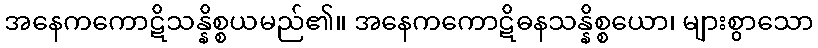
အနေကကောဋိသန္နိစ္စယမည်၏။ အနေကကောဋိဓနသန္နိစ္စယော၊ များစွာသော